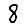
Digit: 8